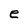
Character: e